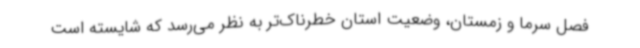
فصل سرما و زمستان، وضعیت استان خطرناک‌تر به نظر می‌رسد که شایسته است